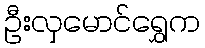
ဦးလှမောင်ရွှေက